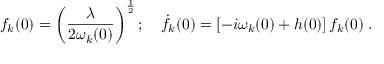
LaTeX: f _ { k } ( 0 ) = \left( \frac { \lambda } { 2 \omega _ { k } ( 0 ) } \right) ^ { \frac { 1 } { 2 } } ; { } ~ ~ ~ { \dot { f } } _ { k } ( 0 ) = \left[ - i \omega _ { k } ( 0 ) + h ( 0 ) \right] f _ { k } ( 0 ) \; .